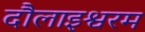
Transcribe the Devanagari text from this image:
दौलाइश्वरम